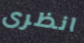
انظرى